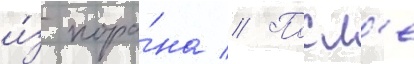
и́з кора́на // Посл'е